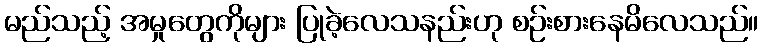
မည်သည့် အမှုတွေကိုများ ပြုခဲ့လေသနည်းဟု စဉ်းစားနေမိလေသည်။